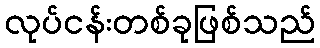
လုပ်ငန်းတစ်ခုဖြစ်သည်